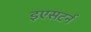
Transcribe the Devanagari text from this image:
इएसटर्न